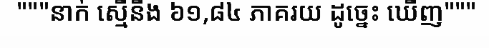
"""នាក់ ស្មើនឹង ៦១,៨៤ ភាគរយ ដូច្នេះ ឃើញ"""